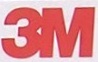
3M